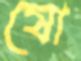
ষো